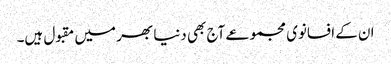
ان کے افسانوی مجموعے آج بھی دنیا بھر میں مقبول ہیں۔